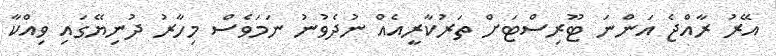
އޭރު ރާއްޖެ އަންނަ ޓޫރިސްޓަށް ތަރުކާރީއެއް ނުދެވުނު ނަމަވެސް މިހާރު ދުނިޔޭގައި ވިއްކާ